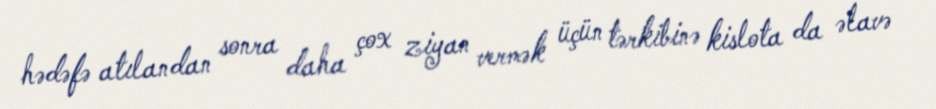
hədəfə atılandan sonra daha çox ziyan vermək üçün tərkibinə kislota da əlavə